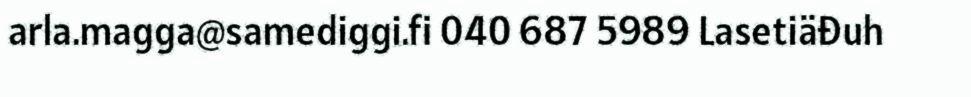
arla.magga@samediggi.fi 040 687 5989 Lasetiäđuh